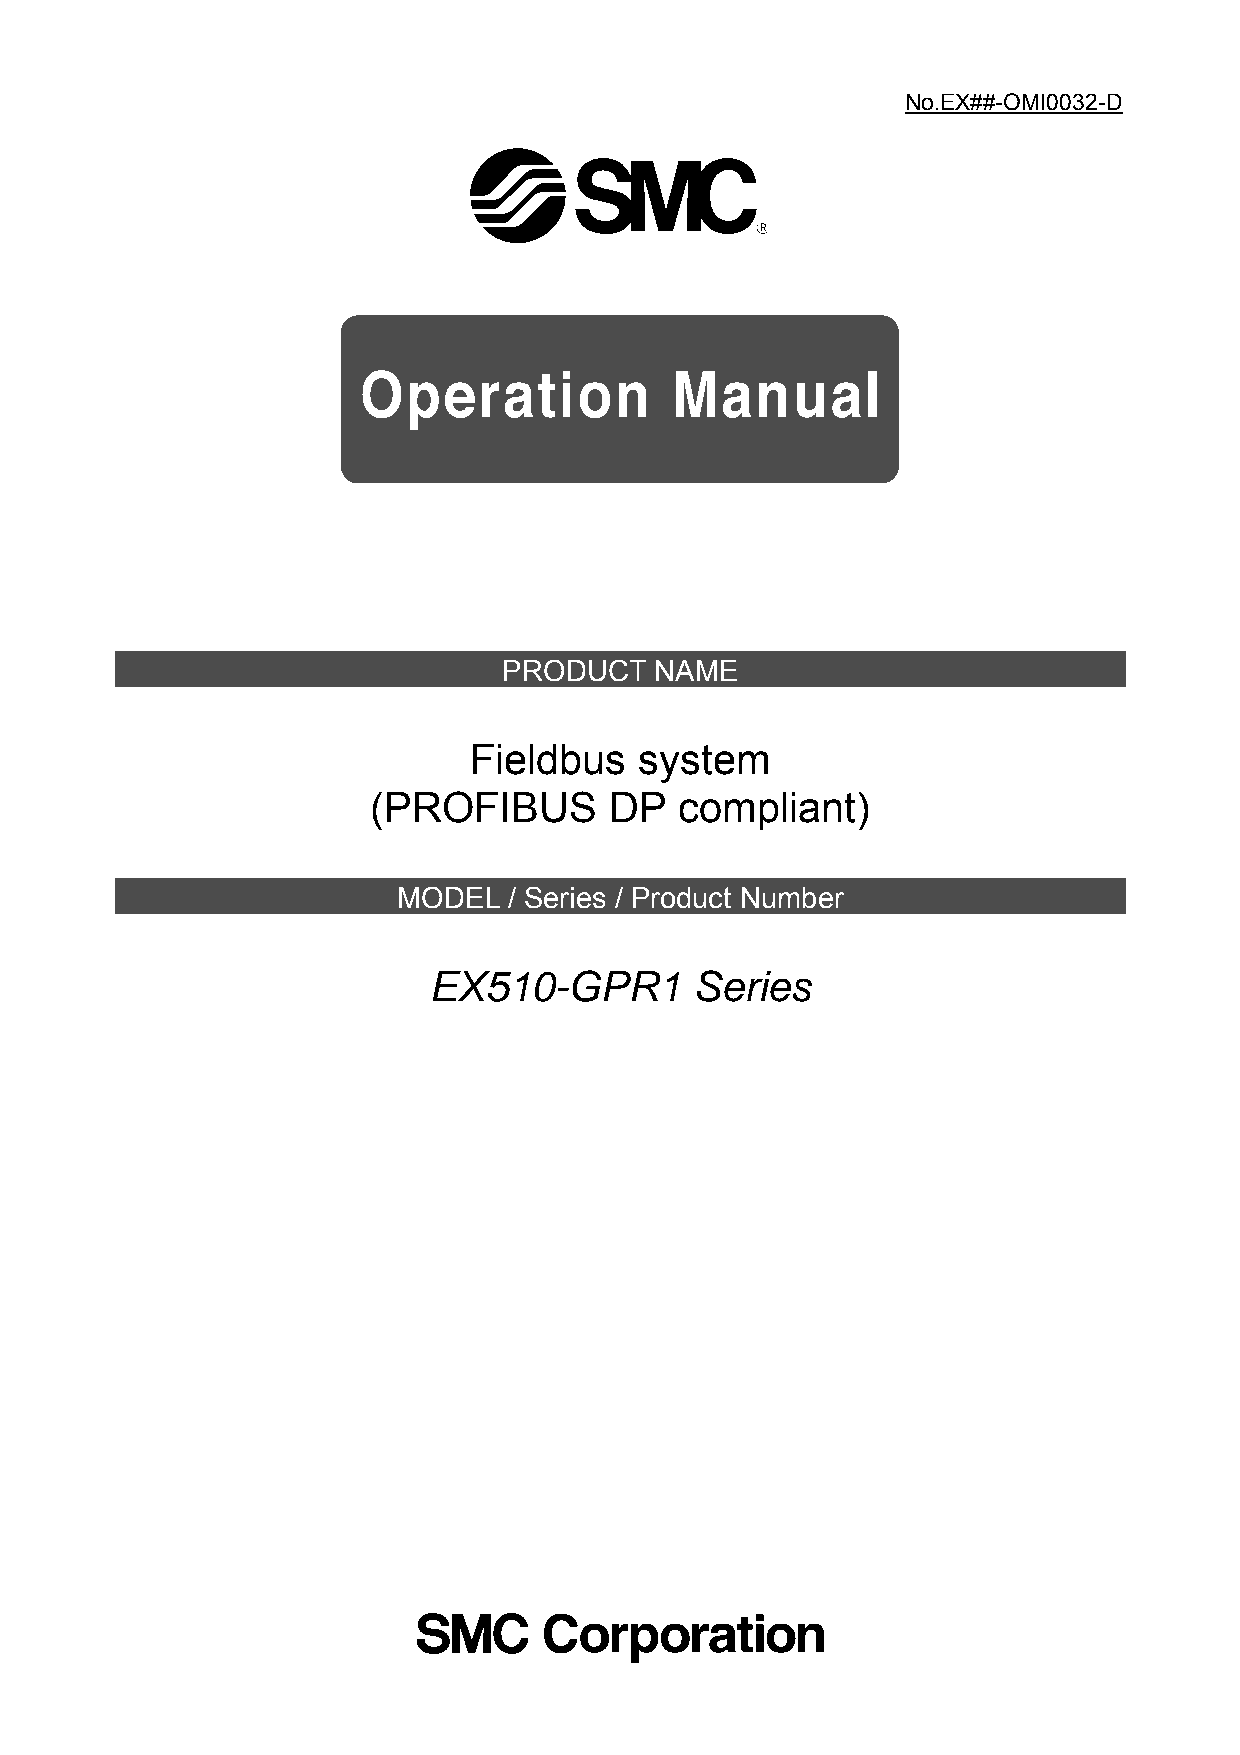
No.EX##-OMI0032-D
 PRODUCT   NAME
 Fieldbus   system
 (PROFIBUS      DP   compliant)
 MODEL   / Series / Product Number
 EX510-GPR1        Series